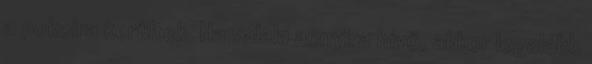
a pokolra kerültek. Ha valaki annyira hívő, akkor legalább